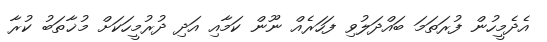
އެދެމީހުން ފުރަތަމަ ބައްދަލުވި ފަހަރެއް ނޫން ކަމާއި އަދި ދުރުމީހަކަށް މުޚާތަބު ކުރާ